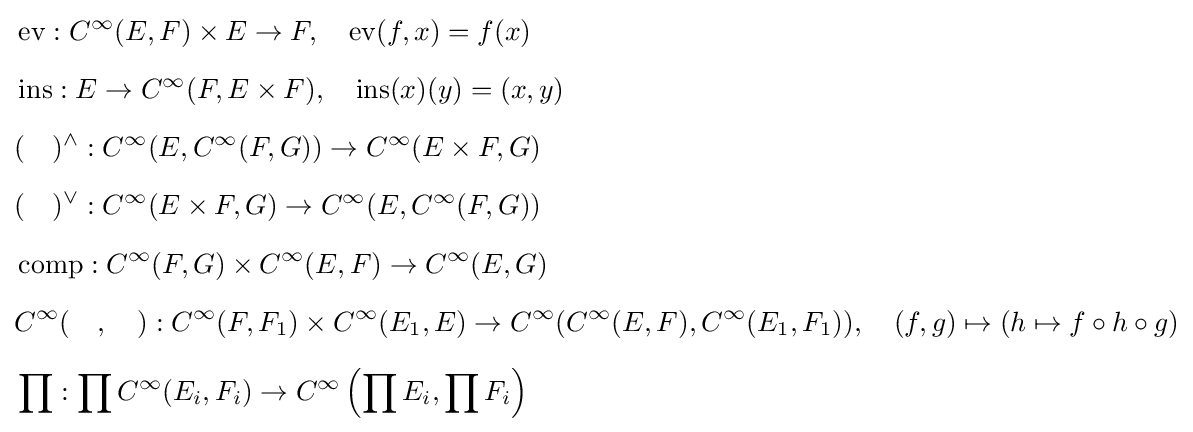
{\begin{aligned}&\operatorname {ev} :C^{\infty }(E,F)\times E\to F,\quad {\text{ev}}(f,x)=f(x)\\[6pt]&\operatorname {ins} :E\to C^{\infty }(F,E\times F),\quad {\text{ins}}(x)(y)=(x,y)\\[6pt]&(\quad )^{\wedge }:C^{\infty }(E,C^{\infty }(F,G))\to C^{\infty }(E\times F,G)\\[6pt]&(\quad )^{\vee }:C^{\infty }(E\times F,G)\to C^{\infty }(E,C^{\infty }(F,G))\\[6pt]&\operatorname {comp} :C^{\infty }(F,G)\times C^{\infty }(E,F)\to C^{\infty }(E,G)\\[6pt]&C^{\infty }(\quad ,\quad ):C^{\infty }(F,F_{1})\times C^{\infty }(E_{1},E)\to C^{\infty }(C^{\infty }(E,F),C^{\infty }(E_{1},F_{1})),\quad (f,g)\mapsto (h\mapsto f\circ h\circ g)\\[6pt]&\prod :\prod C^{\infty }(E_{i},F_{i})\to C^{\infty }\left(\prod E_{i},\prod F_{i}\right)\end{aligned}}